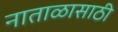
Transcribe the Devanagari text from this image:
नाताळासाठी